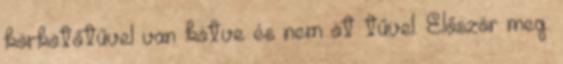
körkötőtűvel van kötve és nem öt tűvel. Először meg.